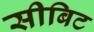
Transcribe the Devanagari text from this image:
सीबिट